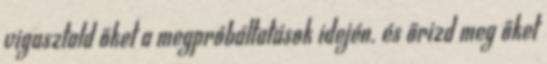
vigasztald őket a megpróbáltatások idején. és őrizd meg őket